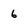
Character: 6